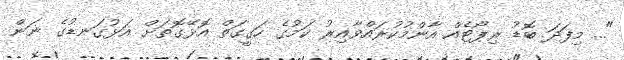
"... މިފަދަ ބޮޑު ރިޕޯޓެއް އާންމުކުރައްވާއިރު ކަމުގެ ހަގީގަތް އޮޅޭގޮތަށް އަޅުގަނޑުގެ ނަން